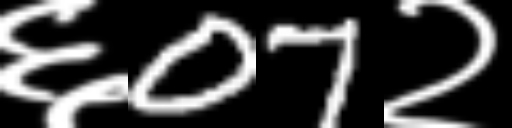
Text: ६07२